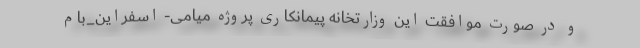
و در صورت موافقت این وزارتخانه پیمانکاری پروژه میامی- اسفراین_بام